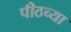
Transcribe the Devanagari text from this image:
पीठच्या